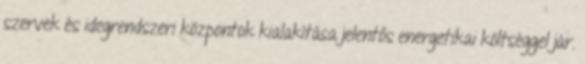
szervek és idegrendszeri központok kialakítása jelentős energetikai költséggel jár.